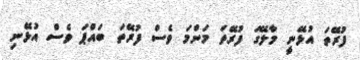
ފުރޭތަ އުޅޭނީ މާލޭގަ ފުރޭތަ މަންމަ ވެސް ފުރޭތަ ބައްޕަ ވެސް އުޅޭނި